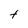
Character: t